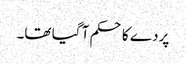
پردے کا حکم آ گیا تھا۔